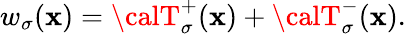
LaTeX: w_{\sigma}(\mathbf{x})={\calT}_{\sigma}^{+}(\mathbf{x})+{\calT}_{\sigma}^{-}(\mathbf{x}).